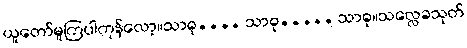
ယူတော်မူကြပါကုန်လော့။သာဓု.... သာဓု..... သာဓု။သလ္လေခသုတ်